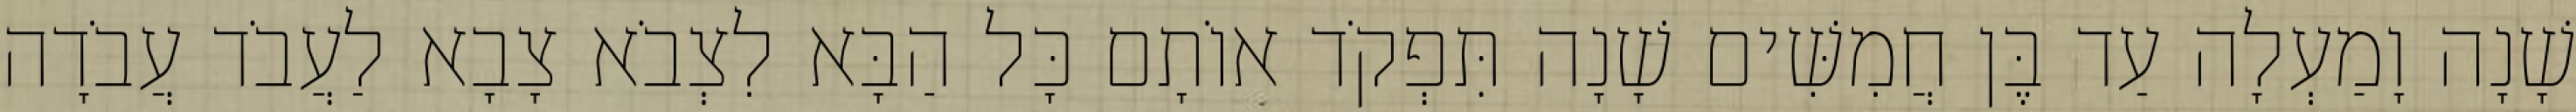
שָׁנָה וָמַעְלָה עַד בֶּן חֲמִשִּׁים שָׁנָה תִּפְקֹד אוֹתָם כָּל הַבָּא לִצְבֹא צָבָא לַעֲבֹד עֲבֹדָה